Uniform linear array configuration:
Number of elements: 8
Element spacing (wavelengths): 0.75
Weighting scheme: kaiser
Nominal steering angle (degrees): -15
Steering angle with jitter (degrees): -16.45
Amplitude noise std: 0.05
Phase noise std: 0.05

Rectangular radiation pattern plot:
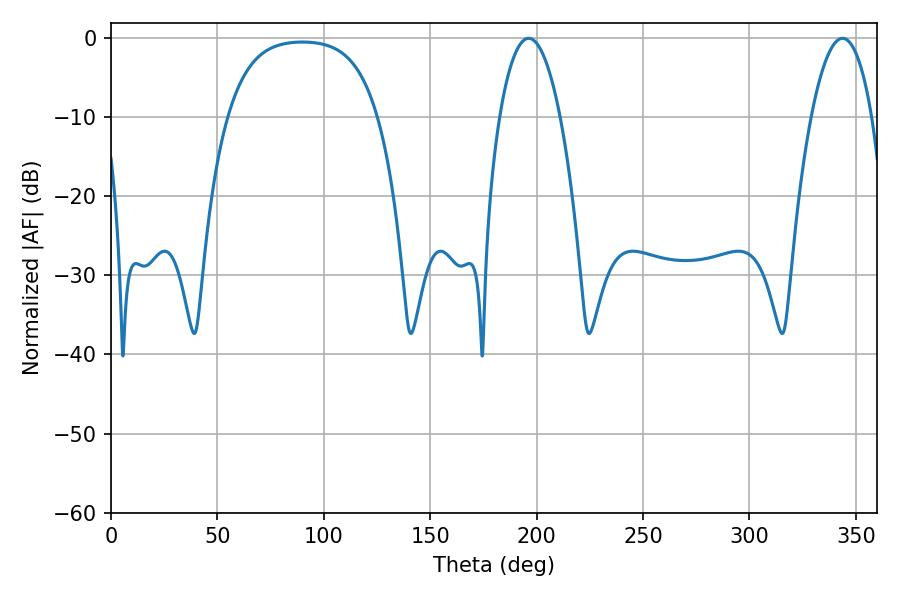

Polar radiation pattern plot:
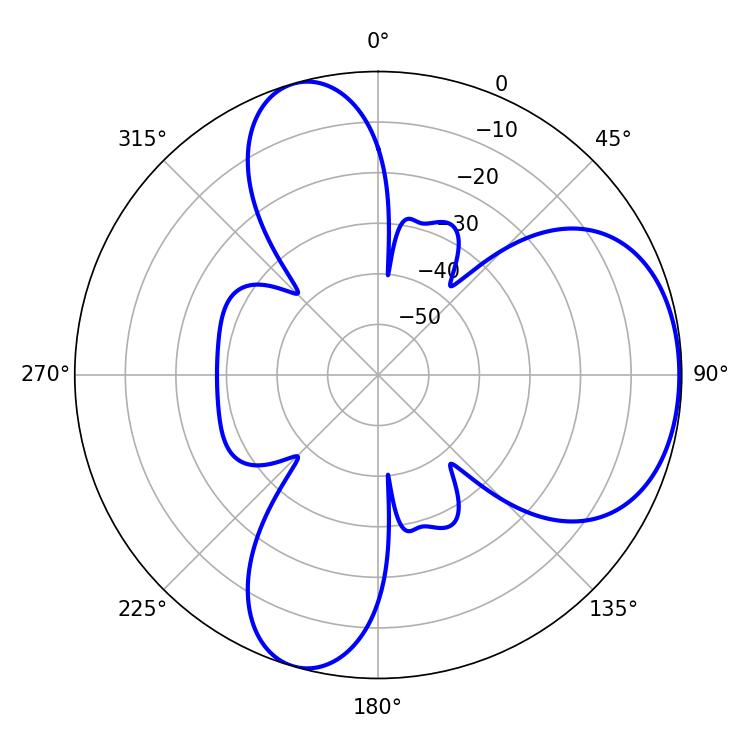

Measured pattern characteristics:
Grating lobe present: TRUE
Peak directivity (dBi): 5.558
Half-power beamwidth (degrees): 15.84
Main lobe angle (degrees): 196.2